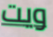
ويت